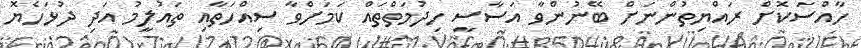
ހާއްސަކޮށް ރައްޔިތުންނަށް ބޭނުންވާ އަސާސީ ހިދުމަތްތައް ކަމަށްވާ ސިއްހަތާއި ތައުލީމު އަދި ދުޅަހެޔޮ